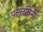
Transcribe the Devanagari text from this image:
पल्लविनी